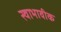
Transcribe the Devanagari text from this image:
स्वाभावीक